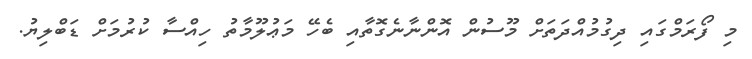
މި ފޯރަމްގައި ދިގުމުއްދަތަށް މޫސުން އޮންނާނެގޮތާއި ބެހޭ މަޢުލޫމާތު ހިއްސާ ކުރުމަށް ޑަބްލިޔު.